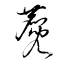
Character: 麑